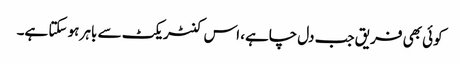
کوئی بھی فریق جب دل چاہے، اس کنٹریکٹ سے باہر ہو سکتا ہے۔